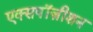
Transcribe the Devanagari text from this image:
एक्सपॉज़ीशन